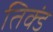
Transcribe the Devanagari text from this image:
तिक्डं